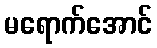
မရောက်အောင်